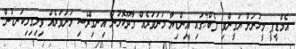
އެމްޑީޕީ މީހުނަށް ޔަގީންވި ފެބް7ގައި އިންޑިޔާ މަނަވަރެއް ގާދޫކޮޅުން އިނގިރޭސި މަނަވަރެއް ވިލިގިލިކަނޑުން